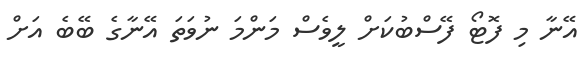
އޭނާ މި ފޮޓޯ ފޭސްބުކަށް ލީވެސް މަންމަ ނުވަތަ އޭނާގެ ބޭބެ އަށް